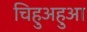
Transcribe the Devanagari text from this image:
चिहुअहुआ